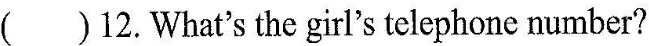
() 12. What's the girl's telephone number?